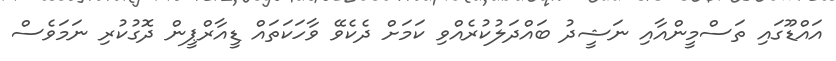
އައްޑޫގައި ތަސްމީންއާއި ނަޝީދު ބައްދަލުކުރެއްވި ކަމަށް ދެކެވޭ ވާހަކަތައް ޑީއާރްޕީން ދޮގުކުރި ނަމަވެސް